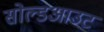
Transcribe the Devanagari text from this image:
सोल्डआउट